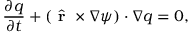
\frac { \partial q } { \partial t } + ( \hat { \textbf { r } } \times \nabla \psi ) \cdot \nabla q = 0 ,